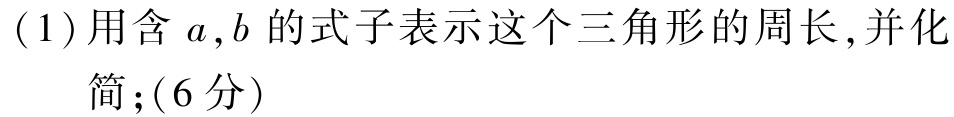
(1)用含\(a,b\)的式子表示这个三角形的周长,并化简;(6分)